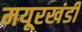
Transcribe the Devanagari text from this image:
मयूरखंडी